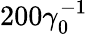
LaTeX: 200\gamma_{0}^{-1}